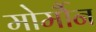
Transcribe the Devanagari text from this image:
मोर्मौन